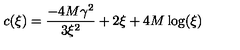
c ( \xi ) = { \frac { - 4 M { { \gamma } ^ { 2 } } } { 3 { { \xi } ^ { 2 } } } } + 2 \xi + 4 M \log ( \xi )